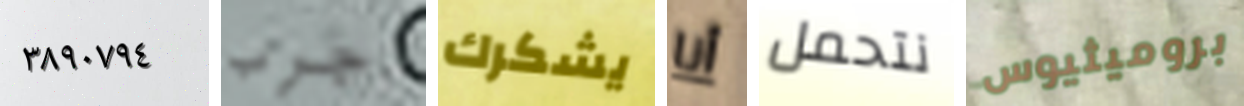
٣٨٩٠٧٩٤ جرب يشكرك أنا نتحمل بروميثيوس